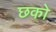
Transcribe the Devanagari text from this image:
छको